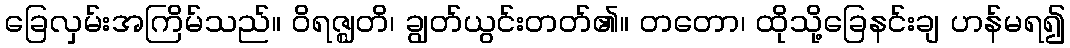
ခြေလှမ်းအကြိမ်သည်။ ဝိရဇ္ဈတိ၊ ချွတ်ယွင်းတတ်၏။ တတော၊ ထိုသို့ခြေနင်းချ ဟန်မရ၍